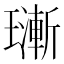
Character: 𱯴